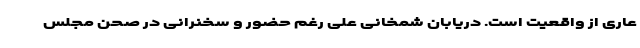
عاری از واقعیت است. دریابان شمخانی علی رغم حضور و سخنرانی در صحن مجلس